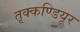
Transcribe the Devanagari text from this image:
तृक्कण्डियूर